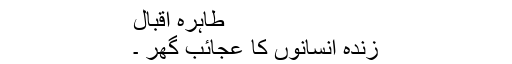
طاہرہ اقبال
زندہ انسانوں کا عجائب گھر ۔